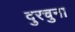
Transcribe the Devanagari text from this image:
दुरचुना